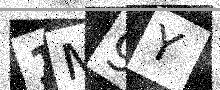
Text: 1M9Y